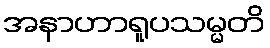
အနာဟာရူပသမ္မတိ